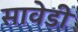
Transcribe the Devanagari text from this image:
सावेडी